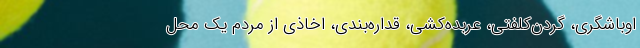
اوباشگری، گردن‌کلفتی، عربده‌کشی، قداره‌بندی، اخاذی از مردم یک محل